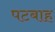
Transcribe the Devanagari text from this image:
पटबाह